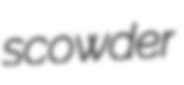
scowder